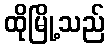
ထိုမြို့သည်